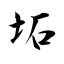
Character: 坧